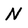
Character: N